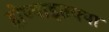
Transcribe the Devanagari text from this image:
होण्याइतक्या